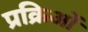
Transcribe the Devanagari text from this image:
प्रक्रिओं